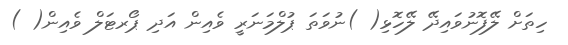
ހިތަށް ލޭފޮނުވައިދޭ ލޭހޮޅި( )ނުވަތަ ޕުލްމަނަރީ ވެއިން އަދި ޕޯރޓަލް ވެއިން( )